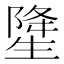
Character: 𤯲